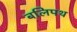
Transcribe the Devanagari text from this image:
बलिपथ